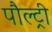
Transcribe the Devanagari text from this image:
पौल्ट्री